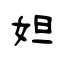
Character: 妲